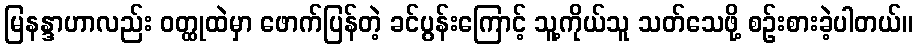
မြနန္ဒာဟာလည်း ဝတ္ထုထဲမှာ ဖောက်ပြန်တဲ့ ခင်ပွန်းကြောင့် သူ့ကိုယ်သူ သတ်သေဖို့ စဉ်းစားခဲ့ပါတယ်။